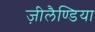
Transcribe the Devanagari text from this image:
ज़ीलैण्डिया